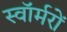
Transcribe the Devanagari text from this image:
स्वॉर्मरों